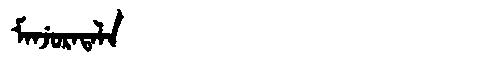
Manchu: ᠮᠠᠨᠵᡠᡵᠠᡨᠠᠯᠠ
Romanization: MANJURATALA